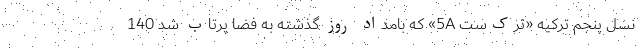
نسل پنجم ترکیه «ترک‌ست 5A» که بامداد روز گذشته به فضا پرتاب شد 140